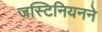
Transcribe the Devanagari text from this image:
जस्टिनियनने